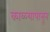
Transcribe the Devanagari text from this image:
काळ्यापासून